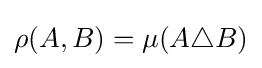
\rho (A,B)=\mu (A\triangle B)